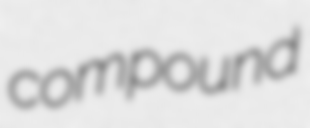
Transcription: compound